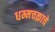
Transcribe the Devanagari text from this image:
धम्मचक्राचे